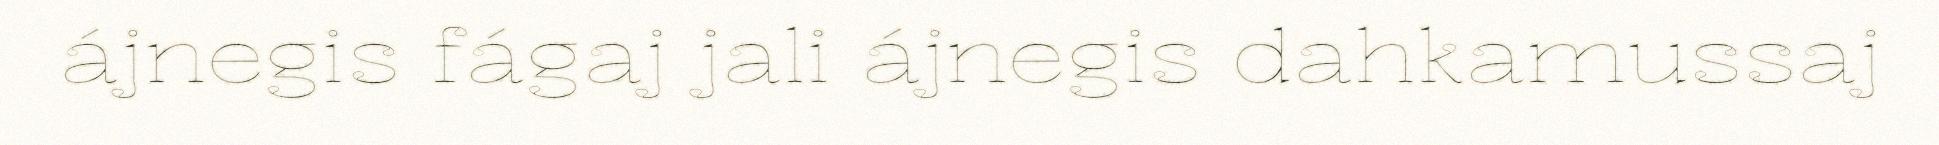
ájnegis fágaj jali ájnegis dahkamussaj